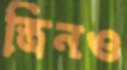
স্ত্রিনও